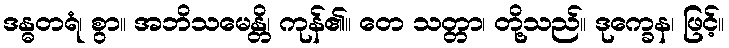
ဒန္ဓတရံ၊ စွာ။ အဘိသမေန္တိ၊ ကုန်၏။ တေ သတ္တာ၊ တို့သည်။ ဒုက္ခေန၊ ဖြင့်။